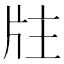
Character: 𤖸